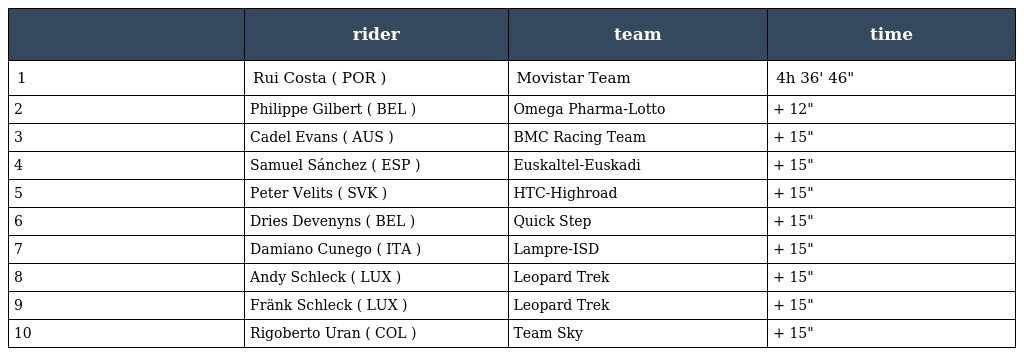
|  | rider | team | time |
 | --- | --- | --- | --- |
 | 1 | Rui Costa ( POR ) | Movistar Team | 4h 36' 46" |
 | 2 | Philippe Gilbert ( BEL ) | Omega Pharma-Lotto | + 12" |
 | 3 | Cadel Evans ( AUS ) | BMC Racing Team | + 15" |
 | 4 | Samuel Sánchez ( ESP ) | Euskaltel-Euskadi | + 15" |
 | 5 | Peter Velits ( SVK ) | HTC-Highroad | + 15" |
 | 6 | Dries Devenyns ( BEL ) | Quick Step | + 15" |
 | 7 | Damiano Cunego ( ITA ) | Lampre-ISD | + 15" |
 | 8 | Andy Schleck ( LUX ) | Leopard Trek | + 15" |
 | 9 | Fränk Schleck ( LUX ) | Leopard Trek | + 15" |
 | 10 | Rigoberto Uran ( COL ) | Team Sky | + 15" |